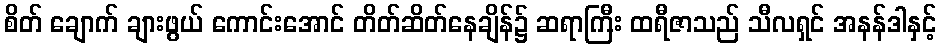
စိတ် ချောက် ချားဖွယ် ကောင်းအောင် တိတ်ဆိတ်နေချိန်၌ ဆရာကြီး ထရီဇာသည် သီလရှင် အနန်ဒါနှင့်